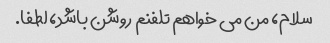
سلام، من می خواهم تلفنم روشن باشد، لطفا.